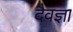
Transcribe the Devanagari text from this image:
दैवज्ञा